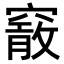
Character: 𥨄